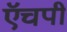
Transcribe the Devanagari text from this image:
ऍचपी